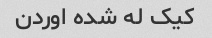
کیک له شده اوردن